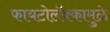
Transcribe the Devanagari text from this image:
फायटोलॅक्कामुळे